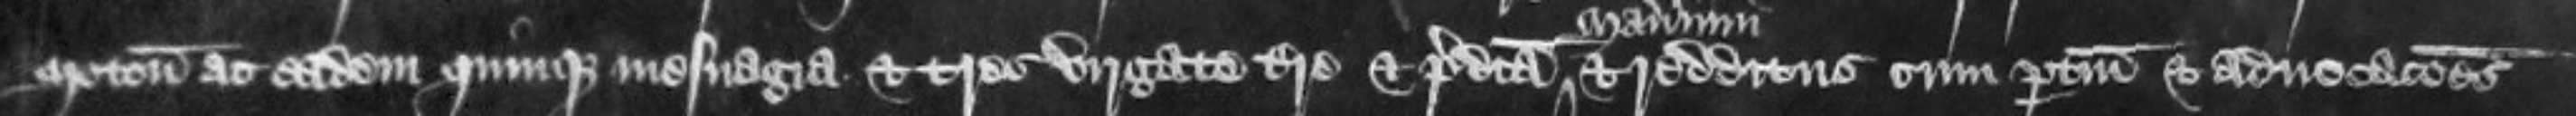
Moton ac eadem quinque mesuagia et tres virgate terre et predicta et redditus cum pertinenciis et advocationes